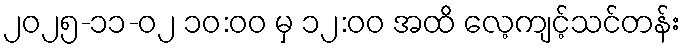
၂၀၂၅-၁၁-၀၂ ၁၀:၀၀ မှ ၁၂:၀၀ အထိ လေ့ကျင့်သင်တန်း